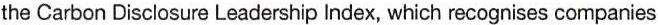
the Carbon Disclosure Leadership Index, which recognises companies